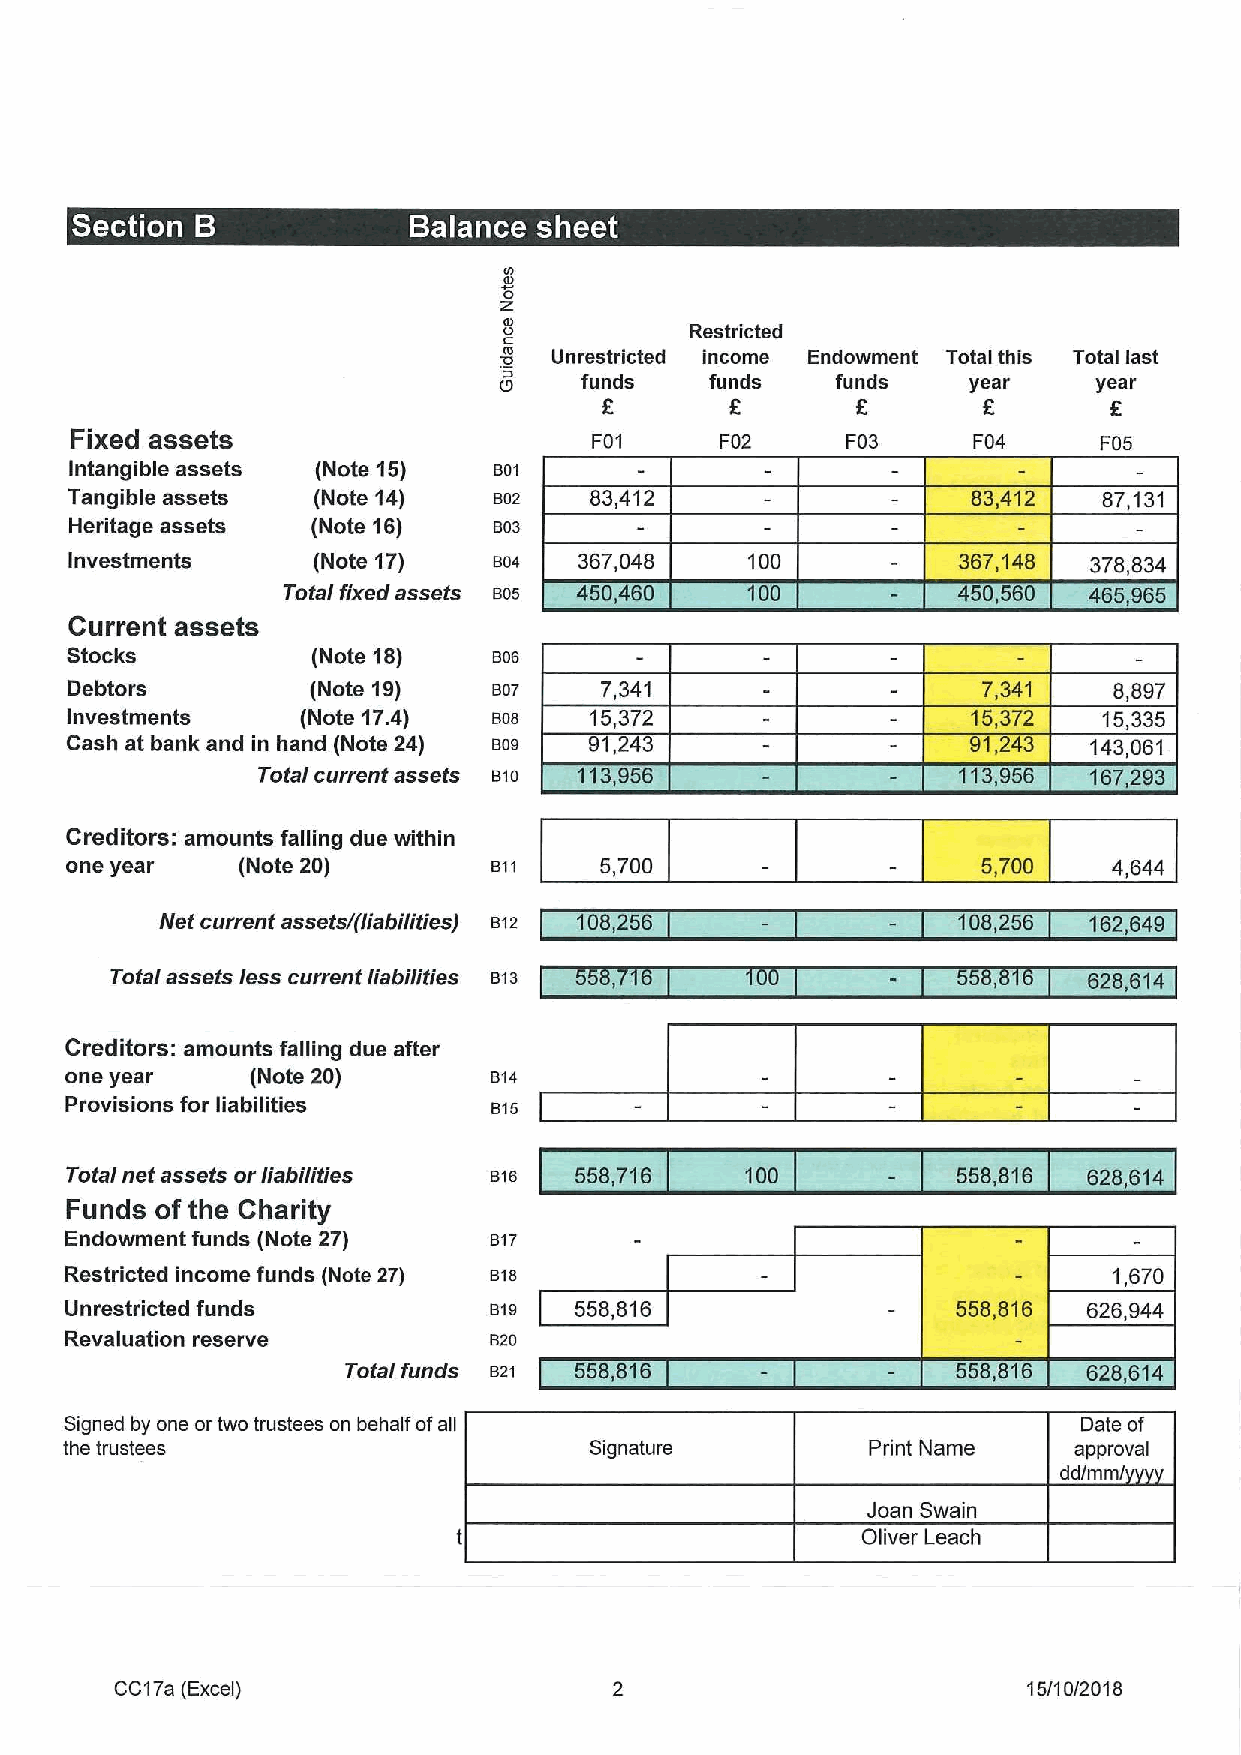
ID
 ID
 O
 'Z
 IID!         Restricted
 'IDI! Unrestricted income Endowment Total this Total last
 10   funds    funds   funds    year    year
 E       E        E       E       E
 Fixed assets                      F01      F02     F03     F04      F05
 Intangible assets (Note 15) 801
 Tangible assets (Note 14)   802   83,412                   83,412   87,131
 Heritage assets (Note 16)   803
 Investments     (Note 17)   804  367,048     100          367,148  378,834
 Total fixed assets 805 450,480 1 0
 Current assets
 Stocks           (Note 18)   806
 Debtors          (Note 19)   807    7,341                    7,341    8,897
 Investments     (Note 17.4)  806   15,372                   15,372   15,335
 Cash at bank and in hand (Note 24) 809 91,243               91,2 3  143,061
 :8"
 Total current assets 810 3,                   113,956  167,29'3
 Creditors: amounts falling due within
 one year    (Note 20)        811    5,700                    5,700    4,644
 Net current assetsl(liabilities) 812 108,266        108!256  162,649
 Total assets less current liabilities 813                        628,614
 Creditors: amounts falling due aBer
 one year     (Note 20)      814
 Provisions for liabilities   815
 Total net assets or liabilities 816 558,716  100           568,816  628,614
 Funds of the Charity
 Endowment funds (Note 27)   817
 Restricted income funds (Note 2/) 816                                 1,670
 Unrestricted funds          819   558,816                  558,816  626,944
 Revaluation reserve         820
 Total funds 821 658,816                 568,816  628,614
 Signed by one or lwo trustees on behalf ofall                       Date of
 the trustees                       Signature          Print Name   approval
 dd/mm/
 Joan Swain
 Oliver Leach
 CC17a (Excel)                                               15/10/2018